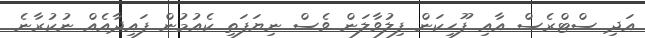
އަދި ސްޓްރެސް އާއި ފޫހިކަން ފިލުވާލަން ވެސް ނިޔަފަތި ކެއުމުން ފައިދާއެއް ނުކުރާނެ